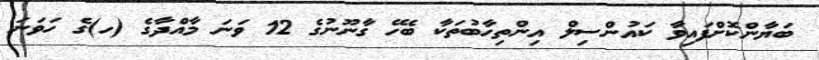
ބަޔާންކޮށްފައިވާ ކައުންސިލް އިންތިހާބުތަކާ ބެހޭ ގާނޫނުގެ 12 ވަނަ މާއްދާގެ (ހ)ގެ ހަވަނަ